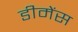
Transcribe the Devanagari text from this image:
डीमेंस